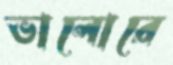
ভালোরে